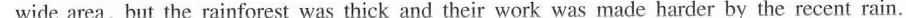
wide area , but the'esterday the po! ise-and mot their work was made harder by the recent rain